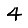
Digit: 4